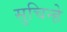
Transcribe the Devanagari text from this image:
सुचिन्हे